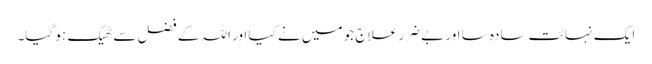
ایک نہائت سادہ سا اور بے ضرر علاج جو میں نے کیا اور اللہ کے فضل سے ٹھیک ہو گیا۔